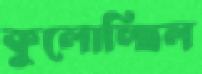
কুলোচ্ছিল